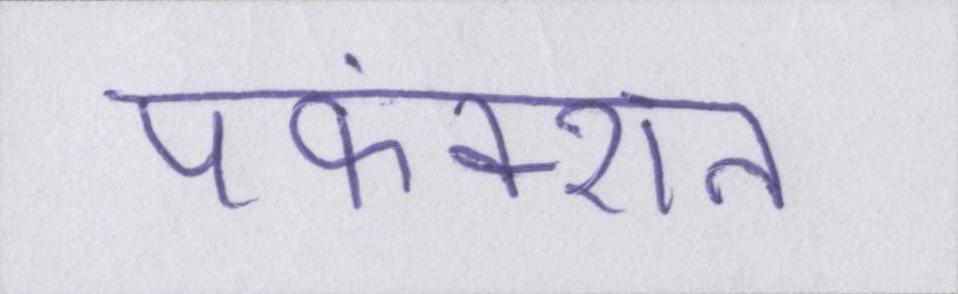
पफंक्शन